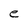
Character: e